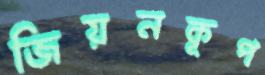
জিয়নকূপ